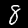
Digit: 8